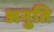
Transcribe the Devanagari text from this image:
अनुति